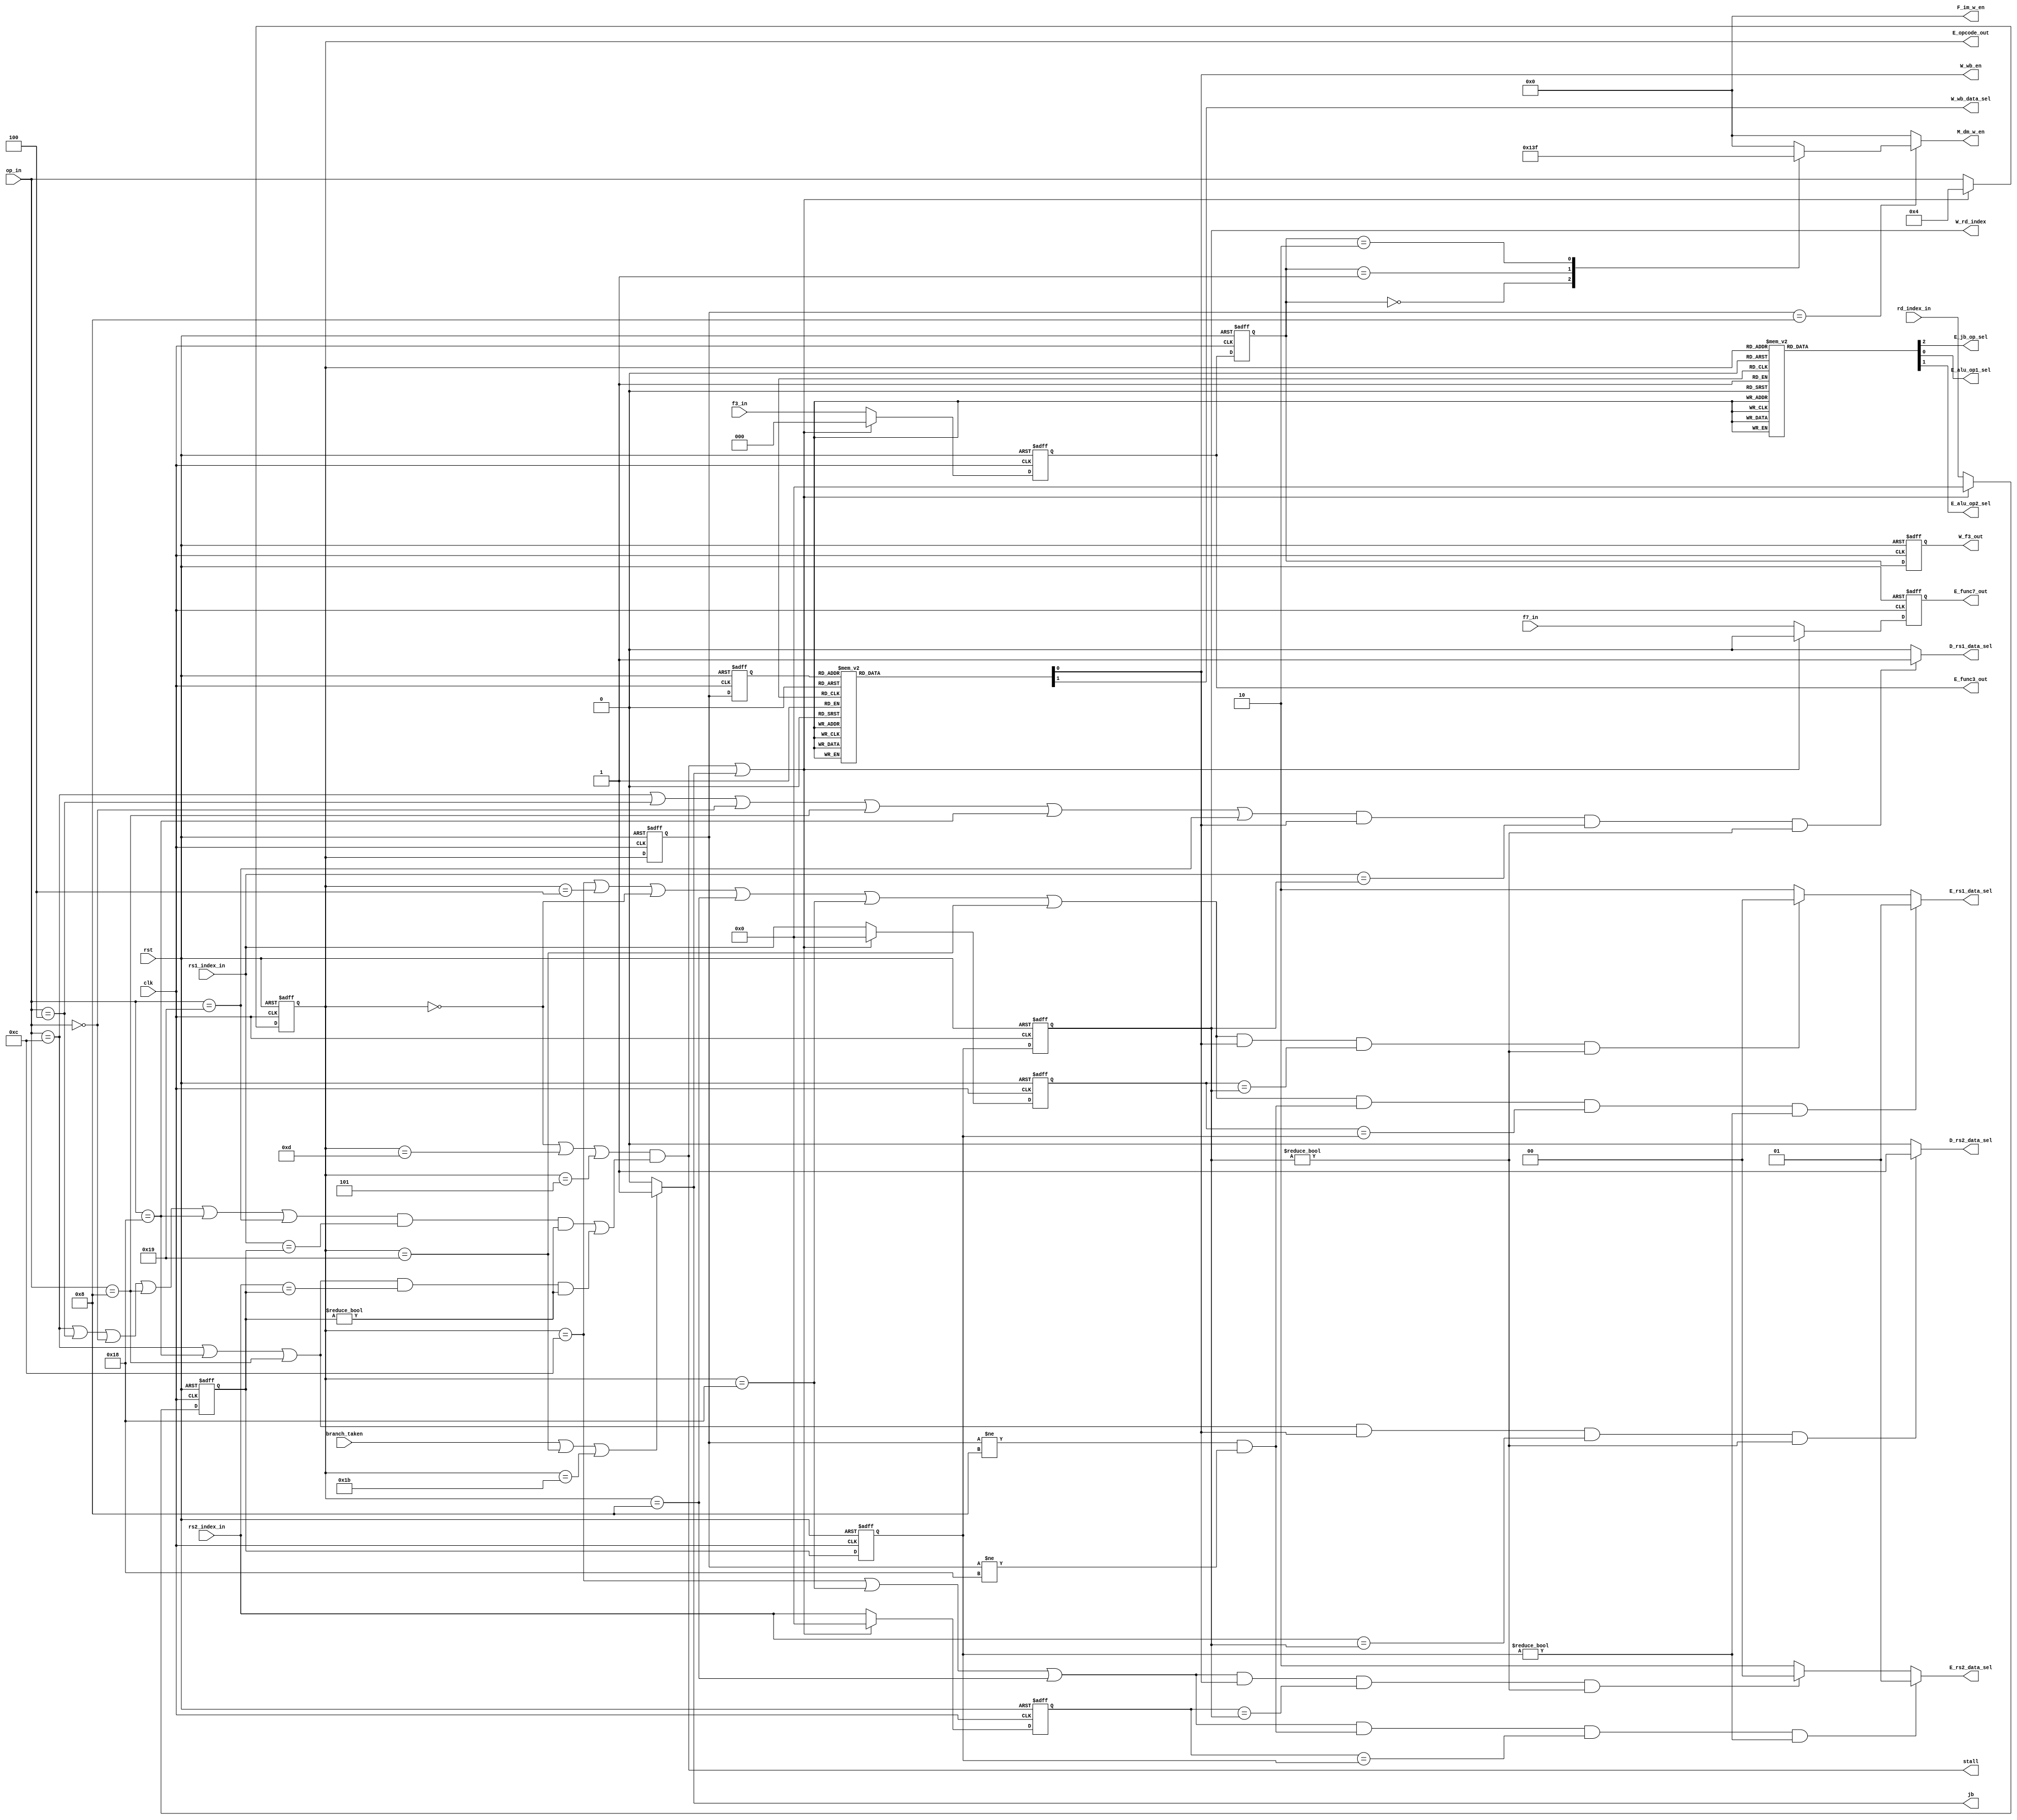
module Controller (clk,rst,op_in,f3_in,f7_in,rs1_index_in,rs2_index_in,rd_index_in,branch_taken,F_im_w_en,D_rs1_data_sel,D_rs2_data_sel,E_rs1_data_sel,E_rs2_data_sel,E_jb_op_sel,E_alu_op1_sel,E_alu_op2_sel,E_opcode_out,E_func3_out,E_func7_out,M_dm_w_en,W_wb_en,W_rd_index,W_f3_out,W_wb_data_sel,stall,jb);
    input clk,rst;
    input [4:0] op_in;
    input [2:0] f3_in;
    input f7_in,branch_taken;
    input [4:0] rs1_index_in,rs2_index_in,rd_index_in;
    output [3:0] F_im_w_en;  //
    output reg [3:0] M_dm_w_en;
    output reg D_rs1_data_sel,D_rs2_data_sel;
    output reg [1:0] E_rs1_data_sel,E_rs2_data_sel;
    output reg E_jb_op_sel,E_alu_op1_sel,E_alu_op2_sel;
    output [4:0] E_opcode_out;  //
    output [2:0] E_func3_out;  //
    output E_func7_out;  //
    output reg W_wb_en,W_wb_data_sel;
    output [4:0] W_rd_index;  //
    output [2:0] W_f3_out;  //
    output stall;  //
    output reg jb;  //

    reg [4:0] E_op,M_op,W_op;
    reg [2:0] E_f3,M_f3,W_f3;
    reg [4:0] E_rd,M_rd,W_rd;
    reg [4:0] E_rs1,E_rs2;
    reg E_f7;

    parameter [4:0] R=5'b01100,Ii=5'b00100,Ij=5'b11001,Il=5'b00000,S=5'b01000,B=5'b11000,Ul=5'b01101,Ua=5'b00101,J=5'b11011;


    assign F_im_w_en=4'b0000;
    //assign jb=(branch_taken);// | (E_op==Ij) | (E_op==J);
    assign E_opcode_out=E_op;
    assign E_func3_out=E_f3;
    assign E_func7_out=E_f7;
    assign W_rd_index=W_rd;
    assign W_f3_out=W_f3;
    assign stall=   (E_op==Il ||E_op==Ul ||E_op==Ua) & 
                    ( ( (op_in==R | op_in==Ii | op_in==Il |op_in==S |op_in==B |op_in==Ij)&(rs1_index_in==E_rd)&(E_rd!=1'b0) ) |
                    ( (op_in==R||op_in==B||op_in==S)&(rs2_index_in==E_rd)&(E_rd!=1'b0) )  );      //stall
        //  ??   |op_in==J
    //jb
    always @(*) 
    begin
        if (branch_taken || (E_op==Ij) || (E_op==J)) 
        begin
            jb=1'b1;    
        end
        else
        begin
            jb=1'b0;
        end
    end

    //reg state 
    always @(posedge clk or posedge rst) 
    begin
        if (rst) 
        begin
            E_op <=5'b0;
            M_op <=5'b0;
            W_op <=5'b0;     
            E_f3 <=3'b0;
            M_f3 <=3'b0;
            W_f3 <=3'b0;
            E_rd <=5'b0;
            M_rd <=5'b0;
            W_rd <=5'b0;
            E_rs1 <=5'b0;
            E_rs2 <=5'b0;
            E_f7 <=1'b0;
        end
        else
        begin
            if (stall | jb)         // output?  //flush
            begin
                E_op <= 5'b00100;
                M_op <= E_op;
                W_op <= M_op;     
                E_f3 <= 3'b0;
                M_f3 <= E_f3;
                W_f3 <= M_f3;
                E_rd <= 5'b0;
                M_rd <= E_rd;
                W_rd <= M_rd;
                E_rs1 <= 5'b0;
                E_rs2 <= 5'b0;
                E_f7 <= 1'b0;
            end
            else
            begin
                E_op <= op_in;
                M_op <= E_op;
                W_op <= M_op;     
                E_f3 <= f3_in;
                M_f3 <= E_f3;
                W_f3 <= M_f3;
                E_rd <= rd_index_in;
                M_rd <= E_rd;
                W_rd <= M_rd;
                E_rs1 <= rs1_index_in;
                E_rs2 <= rs2_index_in;
                E_f7 <= f7_in;
            end
        end    
    end


    //output

   


    //D
    always @(*)                                                                 /////////???????????????
    begin
        //rs1
        if ((op_in==R || op_in==Ii || op_in==Il ||op_in==S ||op_in==B  || op_in==Ij)&&(W_wb_en==1'b1)&&(rs1_index_in==W_rd)&&(W_rd!=1'b0)) 
        begin
             D_rs1_data_sel=1'b1;
        end
        else
        begin
            D_rs1_data_sel=1'b0;
        end
        //rs2
        if ((op_in==R||op_in==B ||op_in==S)&&(W_wb_en==1'b1)&&(rs2_index_in==W_rd)&&(W_rd!=1'b0)) 
        begin
             D_rs2_data_sel=1'b1;
        end
        else
        begin
            D_rs2_data_sel=1'b0;
        end

    end
    //E
    //rs12_data_sel
    always @(*) 
    begin
        //rs1
        if ((E_op==R || E_op==Ii || E_op==Il ||E_op==S ||E_op==B || E_op==Ij)&&(M_op!=S && M_op!=B)&&(E_rs1==M_rd)&&(M_rd!=1'b0))    
        begin
                E_rs1_data_sel=2'd1;                
        end    
        else
        begin
            if ((E_op==R || E_op==Ii || E_op==Il ||E_op==S ||E_op==B  || E_op==Ij)&&(W_wb_en==1'b1)&&(E_rs1==W_rd)&&(W_rd!=1'b0)) //w use ==> judged by op ?? reg not output ??
            begin
                E_rs1_data_sel=2'd0;                
            end
            else
            begin
                E_rs1_data_sel=2'd2;
            end            
        end
        //rs2
        if ((E_op==R || E_op==B || E_op==S)&&(M_op!=S && M_op!=B)&&(E_rs2==M_rd)&&(M_rd!=1'b0))    
        begin
                E_rs2_data_sel=2'd1;                
        end    
        else
        begin
            if ((E_op==R || E_op==B ||E_op==S)&&(W_wb_en==1'b1)&&(E_rs2==W_rd)&&(W_rd!=1'b0)) //w use ==> judged by op ?? reg not output ??
            begin
                E_rs2_data_sel=2'd0;                
            end
            else
            begin
                E_rs2_data_sel=2'd2;
            end            
        end

    end

    //other
    always @(*) 
    begin
        case (E_op)
            R:           
            begin
                E_alu_op1_sel=1'b0;
                E_alu_op2_sel=1'b0;
                E_jb_op_sel=1'b0;        //
            end 
            Ii:
            begin
                E_alu_op1_sel=1'b0;
                E_alu_op2_sel=1'b1;
                E_jb_op_sel=1'b0;            //
            end
            Ij:
            begin
                E_alu_op1_sel=1'b1;
                E_alu_op2_sel=1'b0;       //
                E_jb_op_sel=1'b0;        //rs1
            end            
            Il:
            begin
                E_alu_op1_sel=1'b0;
                E_alu_op2_sel=1'b1;       
                E_jb_op_sel=1'b0;        //            
            end            
            S:
            begin
                E_alu_op1_sel=1'b0;
                E_alu_op2_sel=1'b1;       
                E_jb_op_sel=1'b0;        //
            end            
            B:
            begin
                E_alu_op1_sel=1'b0;
                E_alu_op2_sel=1'b0;       
                E_jb_op_sel=1'b1;        //pc
            end
            Ul:
            begin
                E_alu_op1_sel=1'b0;       //
                E_alu_op2_sel=1'b1;       
                E_jb_op_sel=1'b0;        //
            end
            Ua:
            begin
                E_alu_op1_sel=1'b1;       //pc
                E_alu_op2_sel=1'b1;       
                E_jb_op_sel=1'b0;        //
            end
            J:
            begin
                E_alu_op1_sel=1'b1;       //pc
                E_alu_op2_sel=1'b0;       //
                E_jb_op_sel=1'b1;        //pc
            end
            default: 
            begin
                E_alu_op1_sel=1'b0;
                E_alu_op2_sel=1'b0;       
                E_jb_op_sel=1'b0;        
            end
        endcase
    end


    //M
    always @(*) 
    begin
        if (M_op==5'b01000) 
        begin
            case (M_f3)
                    3'b000:     //sb
                    begin
                        M_dm_w_en=4'b0001;                       
                    end 
                    3'b001:     //sh
                    begin
                        M_dm_w_en=4'b0011;                       
                    end
                    3'b010:     //sw
                    begin
                        M_dm_w_en=4'b1111;                       
                    end
                    default: 
                    begin
                        M_dm_w_en=4'b0;                                              
                    end
            endcase
        end  
        else
        begin
            M_dm_w_en=4'b0;
        end  
    end

    //W
    always @(*) 
    begin
        case (W_op)
            R:           
            begin
                W_wb_en=1'b1;
                W_wb_data_sel=1'b0;
            end 
            Ii:
            begin
                W_wb_en=1'b1;
                W_wb_data_sel=1'b0;
            end
            Ij:
            begin
                W_wb_en=1'b1;
                W_wb_data_sel=1'b0;
            end            
            Il:
            begin  
                W_wb_en=1'b1;
                W_wb_data_sel=1'b1;       
            end            
            S:
            begin  
                W_wb_en=1'b0;
                W_wb_data_sel=1'b0;
            end            
            B:
            begin 
                W_wb_en=1'b0;
                W_wb_data_sel=1'b0;
            end
            Ul:
            begin
                W_wb_en=1'b1;
                W_wb_data_sel=1'b0;
            end
            Ua:
            begin   
                W_wb_en=1'b1;
                W_wb_data_sel=1'b0;
            end
            J:
            begin
                W_wb_en=1'b1;
                W_wb_data_sel=1'b0;
            end
            default: 
            begin
                W_wb_en=1'b0;    
                W_wb_data_sel=1'b0;
            end
        endcase
    end
    
endmodule